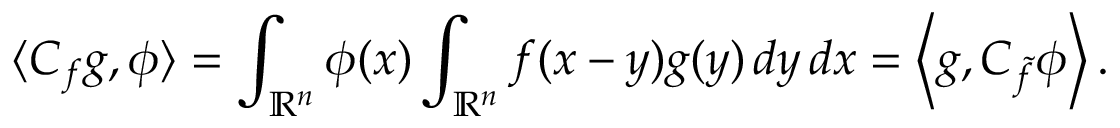
\langle C _ { f } g , \phi \rangle = \int _ { \mathbb { R } ^ { n } } \phi ( x ) \int _ { \mathbb { R } ^ { n } } f ( x - y ) g ( y ) \, d y \, d x = \left\langle g , C _ { \tilde { f } } \phi \right\rangle .